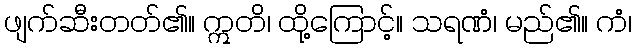
ဖျက်ဆီးတတ်၏။ ဣတိ၊ ထို့ကြောင့်။ သရဏံ၊ မည်၏။ ကံ၊